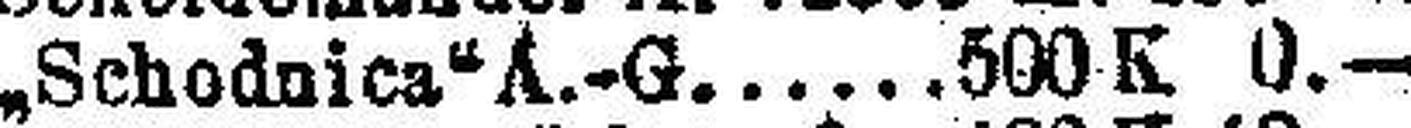
„Scbodoica" A.-G. 500 K 0.—